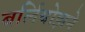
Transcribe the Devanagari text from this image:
बर्लियोझने